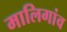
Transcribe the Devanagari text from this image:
मालिगांव